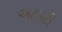
અટપટી